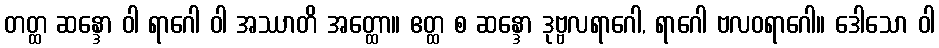
တတ္ထ ဆန္ဒော ဝါ ရာဂေါ ဝါ အဿာတိ အတ္ထော။ ဧတ္ထ စ ဆန္ဒော ဒုဗ္ဗလရာဂေါ, ရာဂေါ ဗလဝရာဂေါ။ ဒေါသော ဝါ